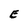
Character: E